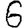
Digit: 6